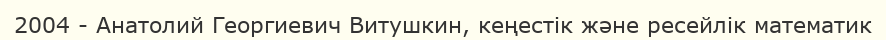
2004 - Анатолий Георгиевич Витушкин, кеңестік және ресейлік математик